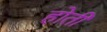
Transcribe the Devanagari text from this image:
होती